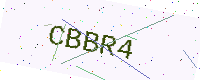
Text: CBBR4